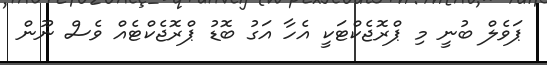
ޕަވެލް ބުނީ މި ޕްރޮޖެކްޓަކީ އެހާ އަގު ބޮޑު ޕްރޮޖެކްޓެއް ވެސް ނޫން